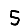
Digit: 5